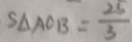
S _ { \Delta } A O _ { B } = \frac { 2 5 } { 3 }